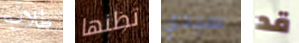
طلاب تظنها سيدي قد